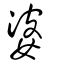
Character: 婆